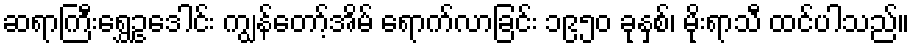
ဆရာကြီးရွှေဥဒေါင်း ကျွန်တော့်အိမ် ရောက်လာခြင်း ၁၉၅၀ ခုနှစ်၊ မိုးရာသီ ထင်ပါသည်။